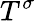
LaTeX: T^{\sigma}